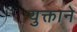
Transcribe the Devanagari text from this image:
युक्ताने